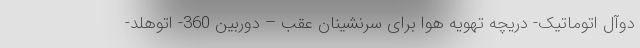
دوآل اتوماتیک- دریچه تهویه هوا برای سرنشینان عقب – دوربین 360- اتوهلد-